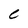
Character: c